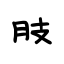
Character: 肢